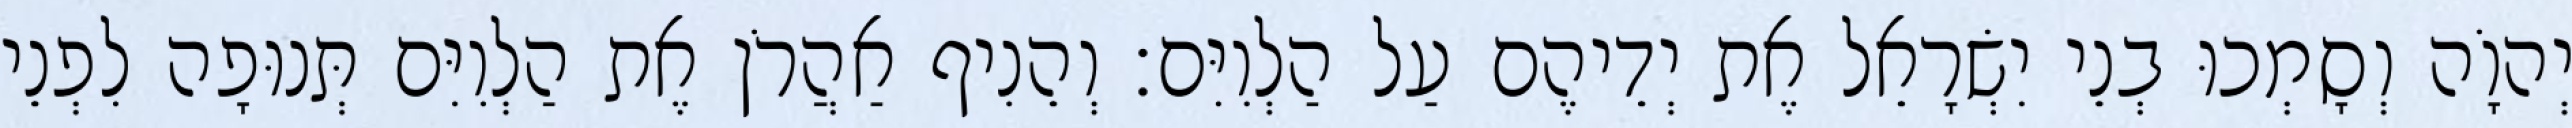
יְהוָֹה וְסָמְכוּ בְנֵי יִשְׂרָאֵל אֶת יְדֵיהֶם עַל הַלְוִיִּם׃ וְהֵנִיף אַהֲרֹן אֶת הַלְוִיִּם תְּנוּפָה לִפְנֵי